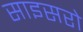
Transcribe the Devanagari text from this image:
साइसरो